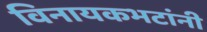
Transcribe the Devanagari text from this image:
विनायकभटांनी